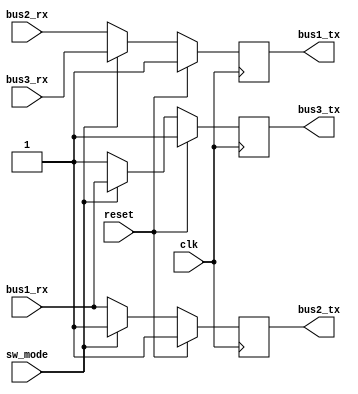
//-----------------------------------------------------------------
//  Module:     CommModeRouteThru
//  Project:    generic atomic modules
//  Version:    0.01-1
//
//  Description: Implements a route through switch for coms
//  Switch is either bus1 to bus2 or bus 1 to bus 3
//
//
//-----------------------------------------------------------------
module CommModeRouteThru
(
  input       clk,      // System Clock
  input       reset,    // System Reset (Syncronous) 
  input       sw_mode,  // Flag to indicate switch 1<->2 to 1<->3;
  input       bus1_rx,  // 
  output  reg bus1_tx,  // 
  input       bus2_rx,  // 
  output  reg bus2_tx,  // 
  input       bus3_rx,  // 
  output  reg bus3_tx   // 
);

  wire bus1_tx_wire;
  wire bus2_tx_wire;
  wire bus3_tx_wire;

	initial			
	begin
		bus1_tx <= 1'b1;
    bus2_tx <= 1'b1;
    bus3_tx <= 1'b1;
	end

  assign bus2_tx_wire = (sw_mode) ? 1'b1 : bus1_rx;
  
  always@(posedge clk)
  begin
    if (reset)
      bus2_tx <= 1'b1;
    else      
      bus2_tx <= bus2_tx_wire;
  end 
       
  assign bus3_tx_wire = (sw_mode) ? bus1_rx : 1'b1;
  
  always@(posedge clk)
  begin
    if (reset)
      bus3_tx <= 1'b1;
    else      
      bus3_tx <= bus3_tx_wire;
  end  

  assign bus1_tx_wire = (sw_mode) ? bus3_rx : bus2_rx;
  
  always@(posedge clk)
  begin
    if (reset)
      bus1_tx <= 1'b1;
    else      
      bus1_tx <= bus1_tx_wire;
  end
  
              
endmodule